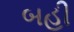
બહી